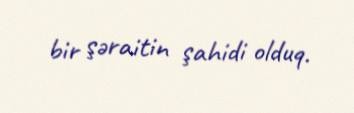
bir şəraitin şahidi olduq.